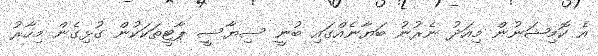
އެ ކޮމިޝަނުން މިއަދު ނެރުނު ބަޔާނެއްގައި ބުނީ ސިޔާސީ ޕާޓީތަކަކުން ގުޅިގެން މިހާރު